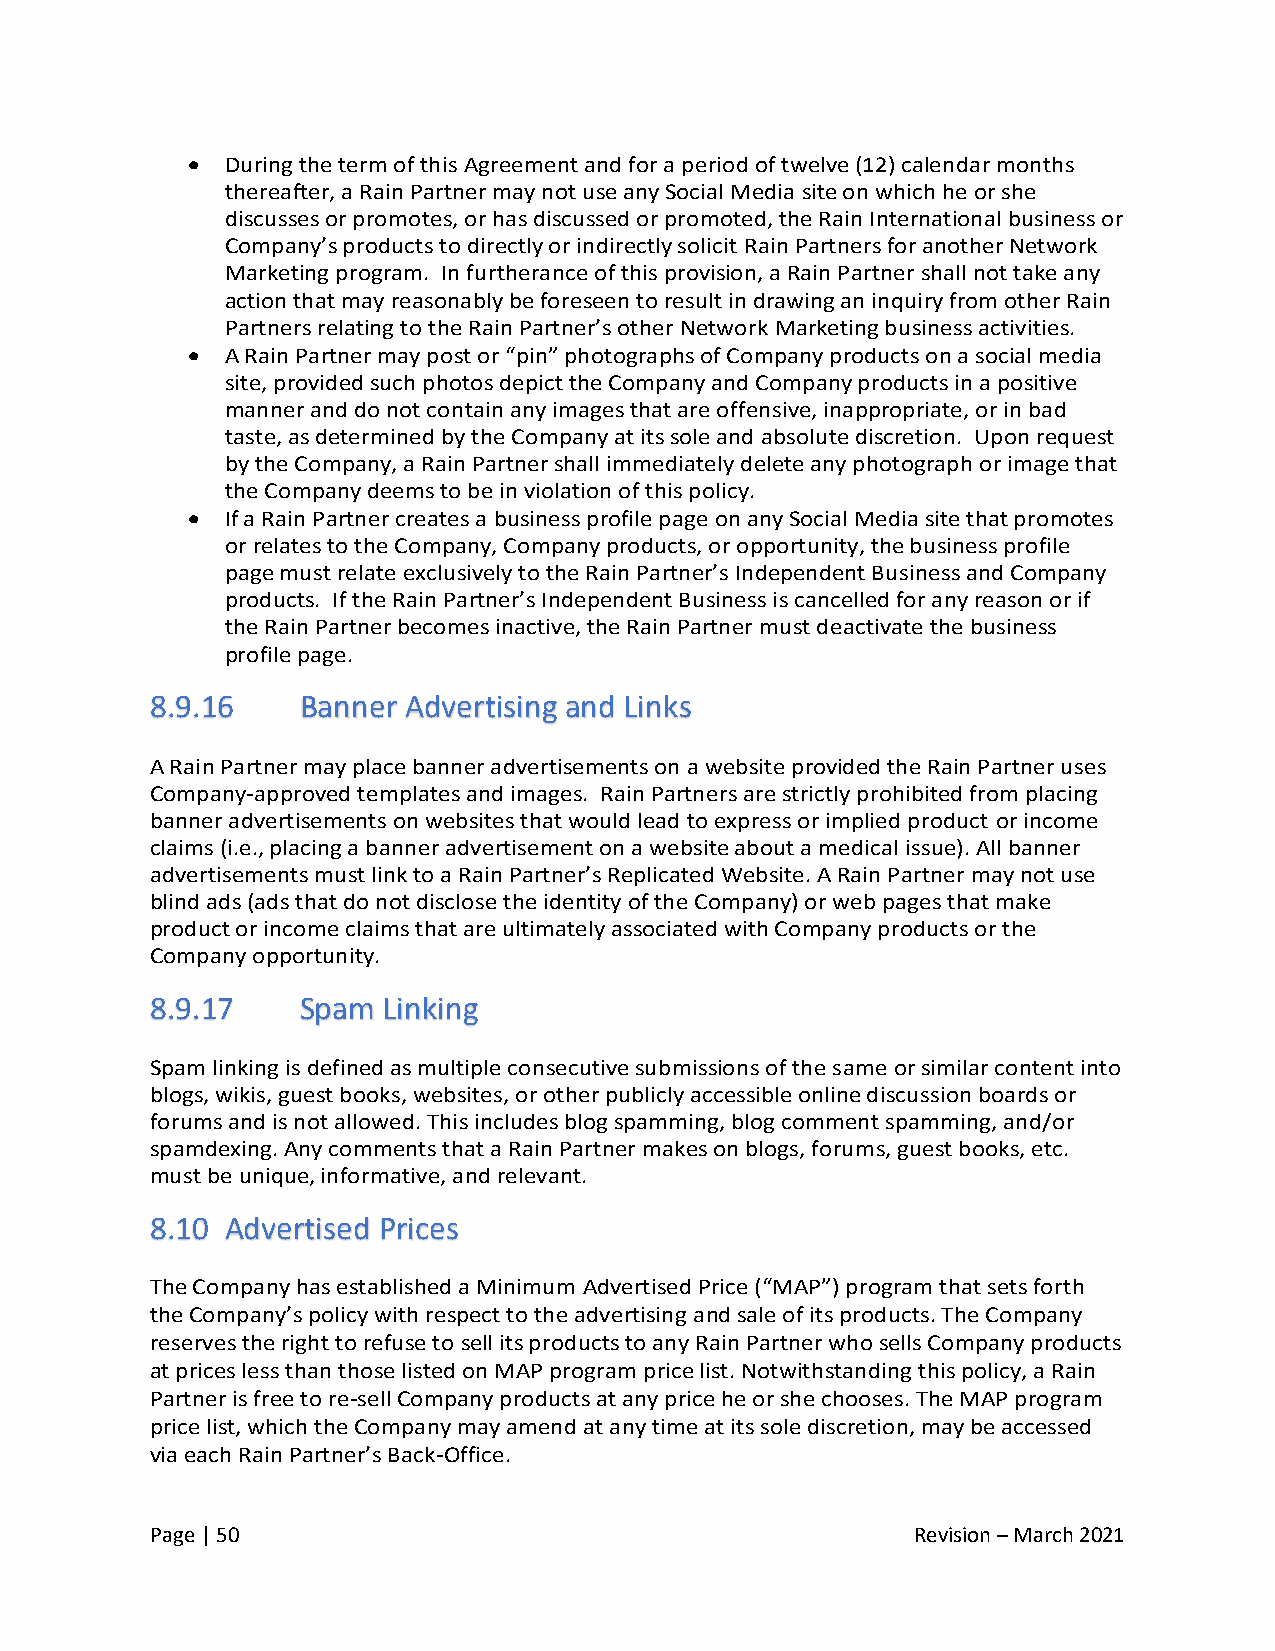
•  During the term of this Agreement and for a period of twelve (12) calendar months
 thereafter, a Rain Partner may not use any Social Media site on which he or she
 discusses or promotes, or has discussed or promoted, the Rain International business or
 Company’s products to directly or indirectly solicit Rain Partners for another Network
 Marketing program. In furtherance of this provision, a Rain Partner shall not take any
 action that may reasonably be foreseen to result in drawing an inquiry from other Rain
 Partners relating to the Rain Partner’s other Network Marketing business activities.
 •  A Rain Partner may post or “pin” photographs of Company products on a social media
 site, provided such photos depict the Company and Company products in a positive
 manner and do not contain any images that are offensive, inappropriate, or in bad
 taste, as determined by the Company at its sole and absolute discretion. Upon request
 by the Company, a Rain Partner shall immediately delete any photograph or image that
 the Company deems to be in violation of this policy.
 •  If a Rain Partner creates a business profile page on any Social Media site that promotes
 or relates to the Company, Company products, or opportunity, the business profile
 page must relate exclusively to the Rain Partner’s Independent Business and Company
 products. If the Rain Partner’s Independent Business is cancelled for any reason or if
 the Rain Partner becomes inactive, the Rain Partner must deactivate the business
 profile page.
 8.9.16    Banner Advertising and Links
 A Rain Partner may place banner advertisements on a website provided the Rain Partner uses
 Company-approved templates and images. Rain Partners are strictly prohibited from placing
 banner advertisements on websites that would lead to express or implied product or income
 claims (i.e., placing a banner advertisement on a website about a medical issue). All banner
 advertisements must link to a Rain Partner’s Replicated Website. A Rain Partner may not use
 blind ads (ads that do not disclose the identity of the Company) or web pages that make
 product or income claims that are ultimately associated with Company products or the
 Company opportunity.
 8.9.17    Spam Linking
 Spam linking is defined as multiple consecutive submissions of the same or similar content into
 blogs, wikis, guest books, websites, or other publicly accessible online discussion boards or
 forums and is not allowed. This includes blog spamming, blog comment spamming, and/or
 spamdexing. Any comments that a Rain Partner makes on blogs, forums, guest books, etc.
 must be unique, informative, and relevant.
 8.10 Advertised Prices
 The Company has established a Minimum Advertised Price (“MAP”) program that sets forth
 the Company’s policy with respect to the advertising and sale of its products. The Company
 reserves the right to refuse to sell its products to any Rain Partner who sells Company products
 at prices less than those listed on MAP program price list. Notwithstanding this policy, a Rain
 Partner is free to re-sell Company products at any price he or she chooses. The MAP program
 price list, which the Company may amend at any time at its sole discretion, may be accessed
 via each Rain Partner’s Back-Office.
 Page | 50                                          Revision – March 2021